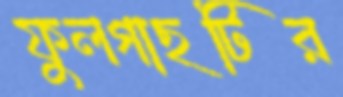
ফুলগাছটির